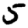
Digit: 5